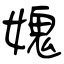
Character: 媿